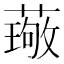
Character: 𫉦